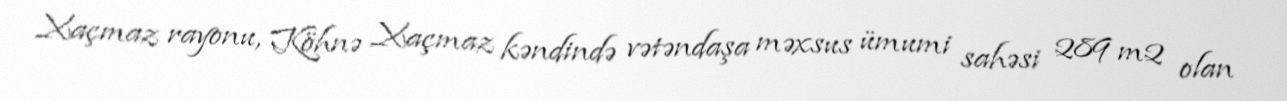
Xaçmaz rayonu, Köhnə Xaçmaz kəndində vətəndaşa məxsus ümumi sahəsi 289 m2 olan